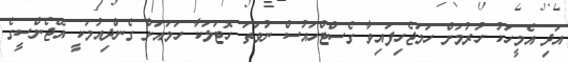
އަދި އެމީހަކު ހުރުމަށް ހަމަޖެހިފައިވާ ގެސްޓްހައުސް ނުވަތަ ހޮޓަލަކާ ހަމައަށް ގެންދިއުމަކީ އޭޖެންސީގެ